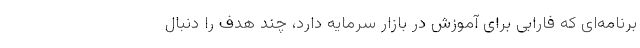
برنامه‌ای که فارابی برای آموزش در بازار سرمایه دارد، چند هدف را دنبال